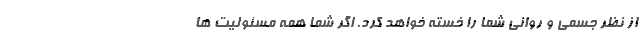
از نظر جسمی و روانی شما را خسته خواهد کرد. اگر شما همه مسئولیت ها